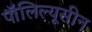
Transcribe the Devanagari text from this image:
पॉलिल्यूसीन